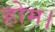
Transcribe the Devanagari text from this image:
होम।